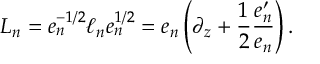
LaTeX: L _ { n } = e _ { n } ^ { - 1 / 2 } \ell _ { n } e _ { n } ^ { 1 / 2 } = e _ { n } \left( \partial _ { z } + { \frac { 1 } { 2 } } { \frac { e _ { n } ^ { \prime } } { e _ { n } } } \right) .